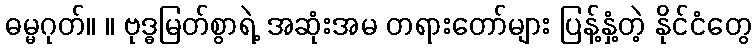
ဓမ္မဂုတ်။ ။ ဗုဒ္ဓမြတ်စွာရဲ့ အဆုံးအမ တရားတော်များ ပြန့်နှံ့တဲ့ နိုင်ငံတွေ